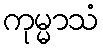
ကုမ္မာသံ